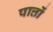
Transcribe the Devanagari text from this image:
पात्तों